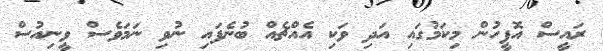
ރައީސް އޮފީހުން މިކަމުގައި އަދި ވަކި އެއްޗެއް ބުނެފައި ނުވި ނަމަވެސް ވީނިއުސް